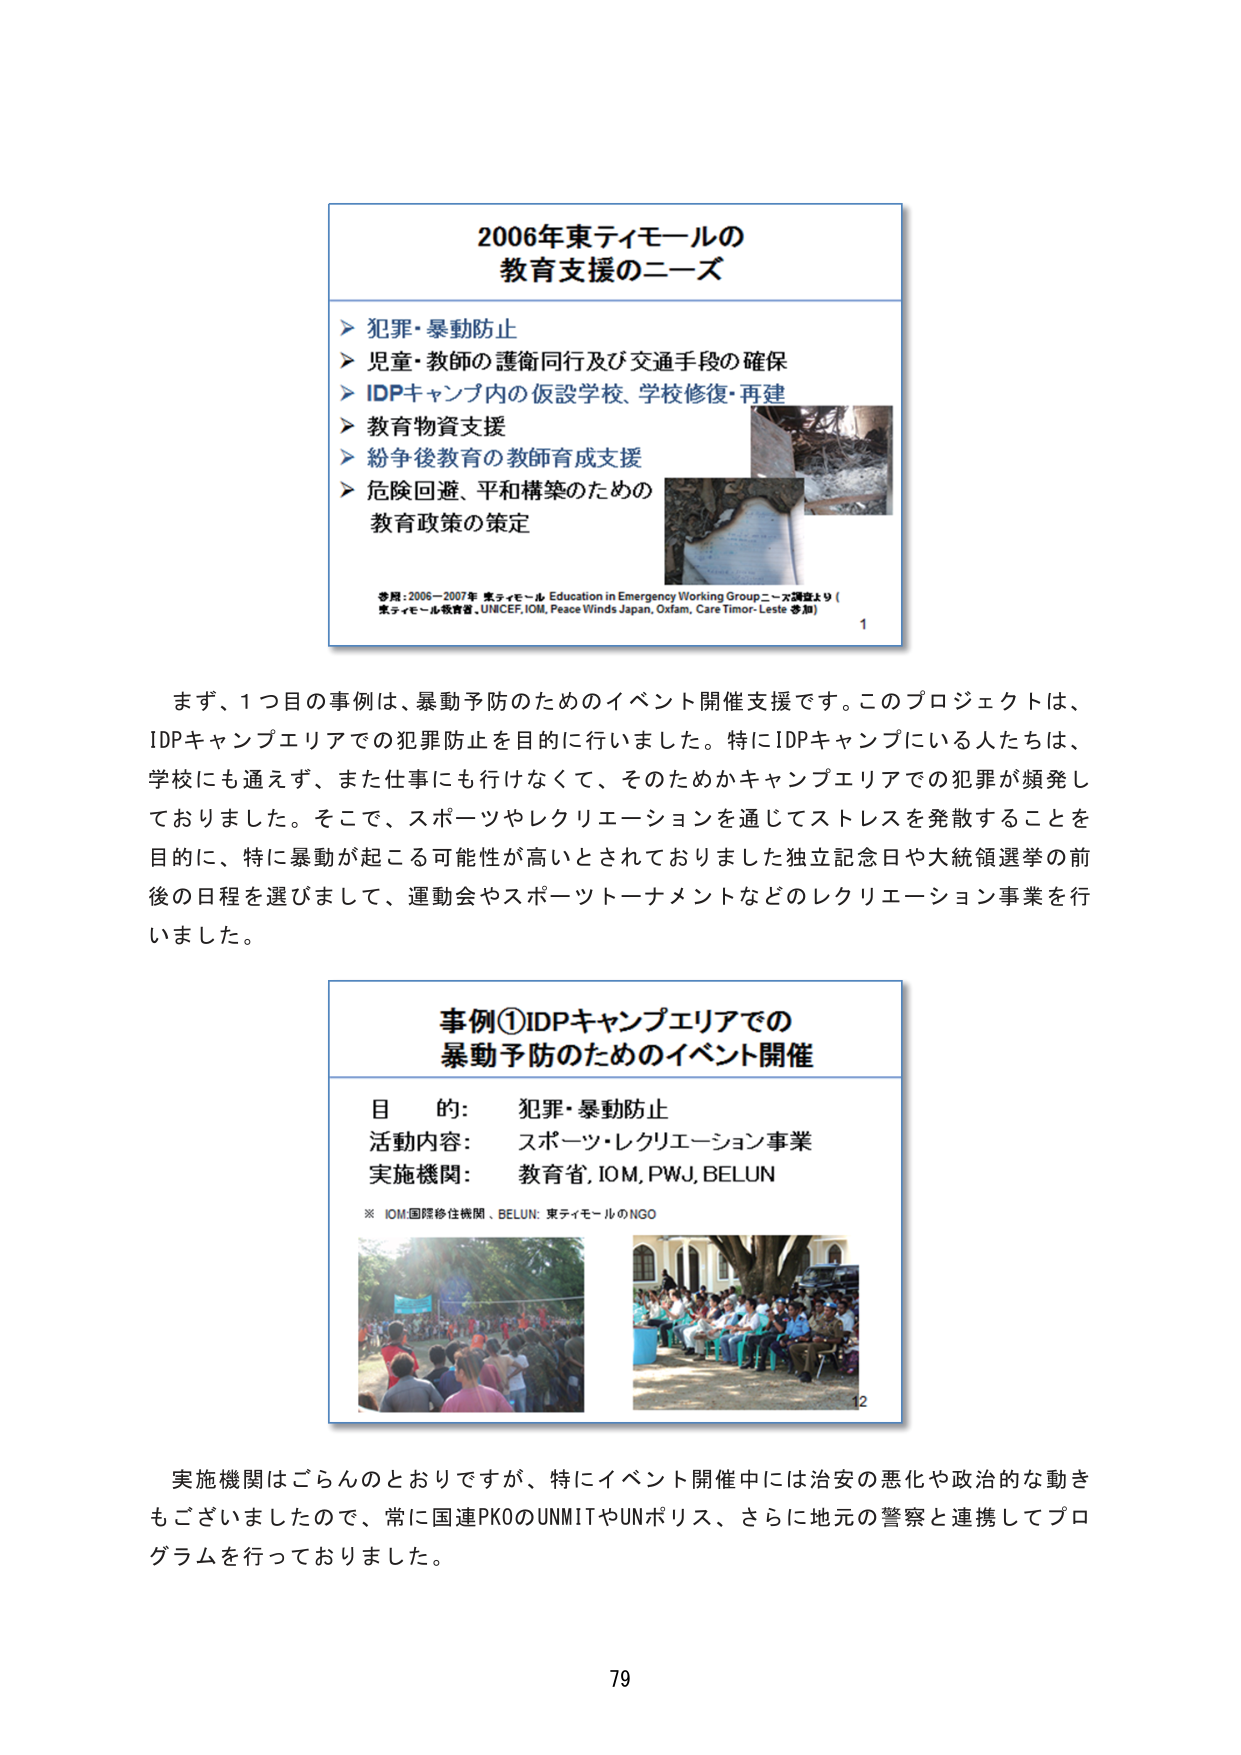
2006年東ティモールの
教育支援のニーズ

▶ 犯罪・暴動防止
▶ 児童・教師の護衛同行及び交通手段の確保
▶ IDPキャンプ内の仮設学校、学校修復・再建
▶ 教育物資支援
▶ 紛争後教育の教師育成支援
▶ 危険回避、平和構築のための
教育政策の策定

参照：2006-2007年 東ティモール Education in Emergency Working Groupニーズ調査より（
東ティモール教育省、UNICEF、IOM、Peace Winds Japan、Oxfam、Care Timor-Leste 参加）

1

まず、1つ目の事例は、暴動予防のためのイベント開催支援です。このプロジェクトは、
IDPキャンプエリアでの犯罪防止を目的に行いました。特にIDPキャンプにいる人たちは、
学校にも通えず、また仕事にも行けなくて、そのためかキャンプエリアでの犯罪が頻発し
ておりました。そこで、スポーツやレクリエーションを通じてストレスを発散することを
目的に、特に暴動が起こる可能性が高いとされておりました独立記念日や大統領選挙の前
後の日程を選びまして、運動会やスポーツトーナメントなどのレクリエーション事業を行
いました。

事例①IDPキャンプエリアでの
暴動予防のためのイベント開催

目的： 犯罪・暴動防止
活動内容： スポーツ・レクリエーション事業
実施機関： 教育省、IOM、PWJ、BELUN

※ IOM:国際移住機関、BELUN: 東ティモールのNGO

12

実施機関はごらんのとおりですが、特にイベント開催中には治安の悪化や政治的な動き
もございましたので、常に国連PKOのUNMITやUNポリス、さらに地元の警察と連携してプロ
グラムを行っておりました。

79